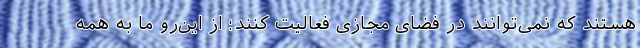
هستند که نمی‌توانند در فضای مجازی فعالیت کنند؛ از این‌رو ما به همه